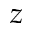
z